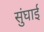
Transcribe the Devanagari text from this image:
सुंघाई